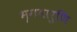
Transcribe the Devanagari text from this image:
भृगवारुणि